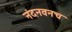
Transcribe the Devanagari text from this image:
नंदनवनच